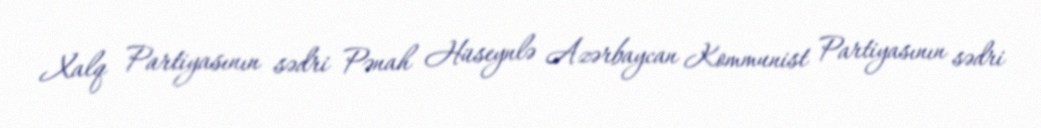
Xalq Partiyasının sədri Pənah Hüseynlə Azərbaycan Kommunist Partiyasının sədri